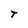
Character: T